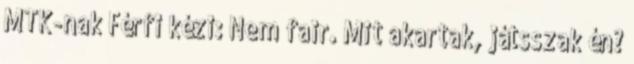
MTK-nak Férfi kézi: Nem fair. Mit akartak, játsszak én?